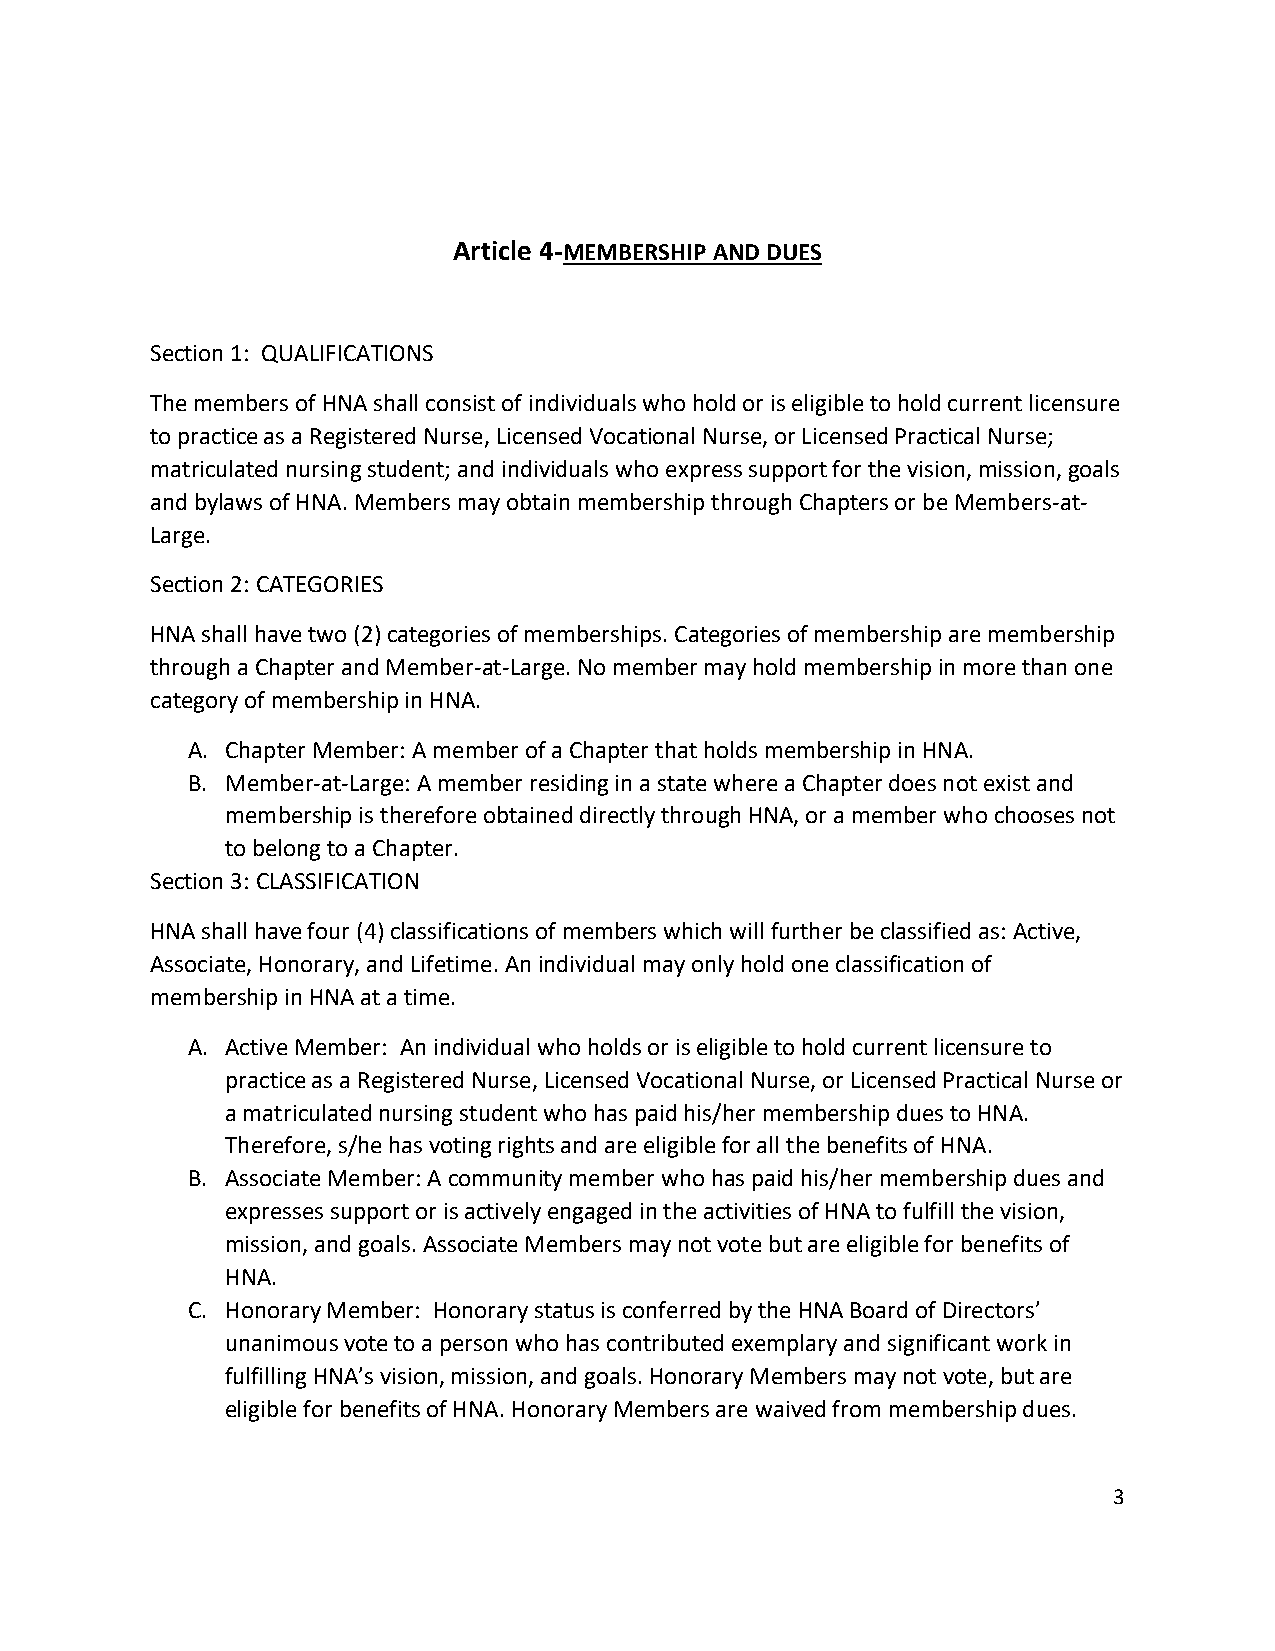
Article 4-MEMBERSHIP AND DUES
 Section 1: QUALIFICATIONS
 The members of HNA shall consist of individuals who hold or is eligible to hold current licensure
 to practice as a Registered Nurse, Licensed Vocational Nurse, or Licensed Practical Nurse;
 matriculated nursing student; and individuals who express support for the vision, mission, goals
 and bylaws of HNA. Members may obtain membership through Chapters or be Members-at-
 Large.
 Section 2: CATEGORIES
 HNA shall have two (2) categories of memberships. Categories of membership are membership
 through a Chapter and Member-at-Large. No member may hold membership in more than one
 category of membership in HNA.
 A. Chapter Member: A member of a Chapter that holds membership in HNA.
 B. Member-at-Large: A member residing in a state where a Chapter does not exist and
 membership is therefore obtained directly through HNA, or a member who chooses not
 to belong to a Chapter.
 Section 3: CLASSIFICATION
 HNA shall have four (4) classifications of members which will further be classified as: Active,
 Associate, Honorary, and Lifetime. An individual may only hold one classification of
 membership in HNA at a time.
 A. Active Member: An individual who holds or is eligible to hold current licensure to
 practice as a Registered Nurse, Licensed Vocational Nurse, or Licensed Practical Nurse or
 a matriculated nursing student who has paid his/her membership dues to HNA.
 Therefore, s/he has voting rights and are eligible for all the benefits of HNA.
 B. Associate Member: A community member who has paid his/her membership dues and
 expresses support or is actively engaged in the activities of HNA to fulfill the vision,
 mission, and goals. Associate Members may not vote but are eligible for benefits of
 HNA.
 C. Honorary Member: Honorary status is conferred by the HNA Board of Directors’
 unanimous vote to a person who has contributed exemplary and significant work in
 fulfilling HNA’s vision, mission, and goals. Honorary Members may not vote, but are
 eligible for benefits of HNA. Honorary Members are waived from membership dues.
 3